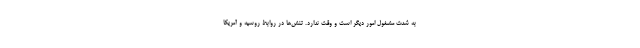
به شدت مشغول امور دیگر است و وقت ندارد. تنش‌ها در روابط روسیه و آمریکا